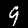
Digit: 9